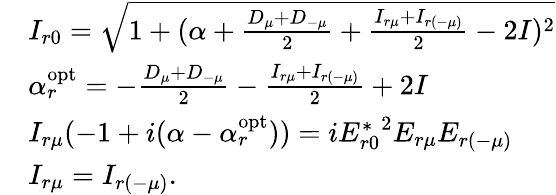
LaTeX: \begin{array}{rl}&{I_{r0}=\sqrt{1+(\alpha+\frac{D_{\mu}+D_{-\mu}}{2}+\frac{I_{r\mu}+I_{r(-\mu)}}{2}-2I)^{2}}}\\ &{\alpha_{r}^{\textrm{opt}}=-\frac{D_{\mu}+D_{-\mu}}{2}-\frac{I_{r\mu}+I_{r(-\mu)}}{2}+2I}\\ &{I_{r\mu}(-1+i(\alpha-\alpha_{r}^{\textrm{opt}}))=i{E_{r0}^{*}}^{2}E_{r\mu}E_{r(-\mu)}}\\ &{I_{r\mu}=I_{r(-\mu)}.}\end{array}